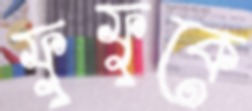
ফুফুকে